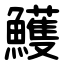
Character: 鱯